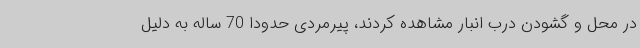
در محل و گشودن درب انبار مشاهده کردند، پیرمردی حدودا 70 ساله به دلیل